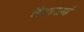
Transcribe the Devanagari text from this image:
वैराज्यं